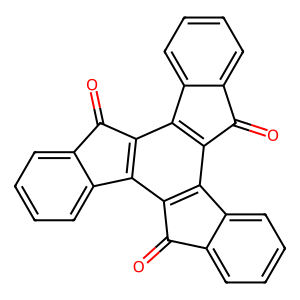
SMILES: O=c1c2ccccc2c2c1c1c3ccccc3c(=O)c1c1c3ccccc3c(=O)c21
Inhibits HIV replication: No